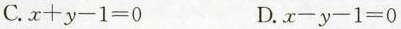
C.$$x+y-1=0$$ D.$$x-y-1=0$$